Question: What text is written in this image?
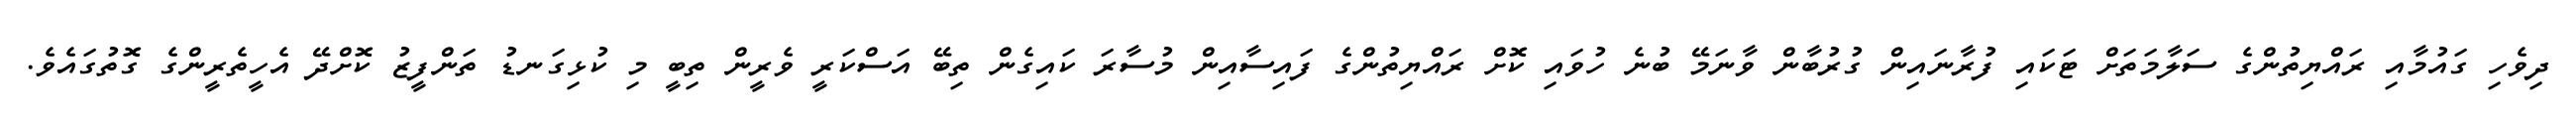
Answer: ދިވެހި ގައުމާއި ރައްޔިތުންގެ ސަލާމަތަށް ޓަކައި ފުރާނައިން ގުރުބާން ވާނަމޭ ބުނެ ހުވައި ކޮށް ރައްޔިތުންގެ ފައިސާއިން މުސާރަ ކައިގެން ތިބޭ އަސްކަރީ ވެރީން ތިބީ މި ކުޅިގަނޑު ތަންފީޒު ކޮށްދޭ އެހީތެރީންގެ ގޮތުގައެވެ.